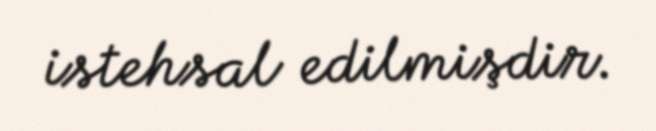
istehsal edilmişdir.